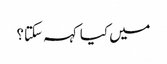
میں کیا کہہ سکتا؟